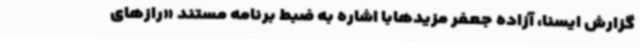
گزارش ایسنا، آزاده جعفر مزیدهابا اشاره به ضبط برنامه مستند «رازهای